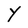
Character: Y